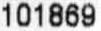
101869